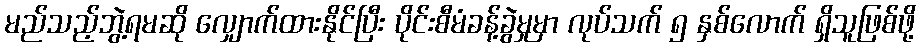
မည်သည့်ဘွဲ့ရမဆို လျှောက်ထားနိုင်ပြီး ပိုင်းစီမံခန့်ခွဲမှုမှာ လုပ်သက် ၅ နှစ်လောက် ရှိသူဖြစ်ဖို့